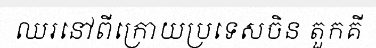
ឈរនៅពីក្រោយប្រទេសចិន តួកគី